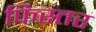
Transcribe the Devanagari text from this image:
फिस्तर